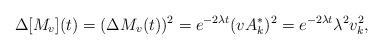
LaTeX: \begin{align*}\Delta[M_v](t)=(\Delta M_v(t))^2=e^{-2\lambda t}(vA^*_k)^2=e^{-2\lambda t}\lambda^2v_{k}^2,\end{align*}